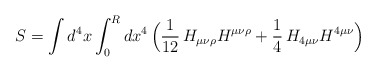
\begin{align*}S=\int d^4x\int_0^Rdx^4\,\Bigl(\frac{1}{12}\,H_{\mu\nu\rho}H^{\mu\nu\rho}+\frac{1}{4}\,H_{4\mu\nu}H^{4\mu\nu}\Bigr)\end{align*}